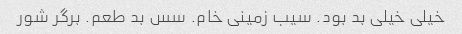
خیلی خیلی بد بود. سیب زمینی خام. سس بد طعم. برگر شور